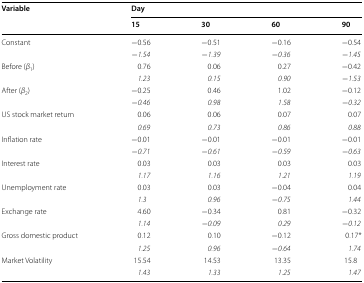
<table><thead><tr><td rowspan="2"><b>Variable</b></td><td colspan="4"><b>Day</b></td></tr><tr><td><b>15</b></td><td><b>30</b></td><td><b>60</b></td><td><b>90</b></td></tr></thead><tbody><tr><td rowspan="2">Constant</td><td>−0.56</td><td>−0.51</td><td>−0.16</td><td>−0.54</td></tr><tr><td>−<i>1.54</i></td><td>−<i>1.39</i></td><td>−<i>0.36</i></td><td>−<i>1.45</i></td></tr><tr><td rowspan="2">Before (<i>β</i><sub>1</sub>)</td><td>0.76</td><td>0.06</td><td>0.27</td><td>−0.42</td></tr><tr><td><i>1.23</i></td><td><i>0.15</i></td><td><i>0.90</i></td><td>−<i>1.53</i></td></tr><tr><td rowspan="2">After (<i>β</i><sub>2</sub>)</td><td>−0.25</td><td>0.46</td><td>1.02</td><td>−0.12</td></tr><tr><td>−<i>0.46</i></td><td><i>0.98</i></td><td><i>1.58</i></td><td>−<i>0.32</i></td></tr><tr><td rowspan="2">US stock market return</td><td>0.06</td><td>0.06</td><td>0.07</td><td>0.07</td></tr><tr><td><i>0.69</i></td><td><i>0.73</i></td><td><i>0.86</i></td><td><i>0.88</i></td></tr><tr><td rowspan="2">Inflation rate</td><td>−0.01</td><td>−0.01</td><td>−0.01</td><td>−0.01</td></tr><tr><td>−<i>0.71</i></td><td>−<i>0.61</i></td><td>−<i>0.59</i></td><td>−<i>0.63</i></td></tr><tr><td rowspan="2">Interest rate</td><td>0.03</td><td>0.03</td><td>0.03</td><td>0.03</td></tr><tr><td><i>1.17</i></td><td><i>1.16</i></td><td><i>1.21</i></td><td><i>1.19</i></td></tr><tr><td rowspan="2">Unemployment rate</td><td>0.03</td><td>0.03</td><td>−0.04</td><td>0.04</td></tr><tr><td><i>1.3</i></td><td><i>0.96</i></td><td>−<i>0.75</i></td><td><i>1.44</i></td></tr><tr><td rowspan="2">Exchange rate</td><td>4.60</td><td>−0.34</td><td>0.81</td><td>−0.32</td></tr><tr><td><i>1.14</i></td><td>−<i>0.09</i></td><td><i>0.29</i></td><td>−<i>0.12</i></td></tr><tr><td rowspan="2">Gross domestic product</td><td>0.12</td><td>0.10</td><td>−0.12</td><td>0.17*</td></tr><tr><td><i>1.25</i></td><td><i>0.96</i></td><td>−<i>0.64</i></td><td><i>1.74</i></td></tr><tr><td>Market Volatility</td><td>15.54</td><td>14.53</td><td>13.35</td><td>15.8</td></tr><tr><td>[EMPTY_CELL]</td><td><i>1.43</i></td><td><i>1.33</i></td><td><i>1.25</i></td><td><i>1.47</i></td></tr></tbody></table>